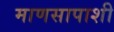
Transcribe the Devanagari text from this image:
माणसापाशी